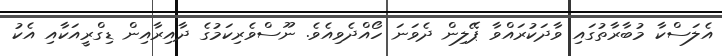
އެލަސްކާ މުބާރާތުގައި ވާދަކުރައްވާ ޕޭލިން ދެވަނަ ހޯއްދެވިއެވެ. ނޫސްވެރިކަމުގެ ދާއިރާއިން ޑިގްރީއަކާއި އެކު